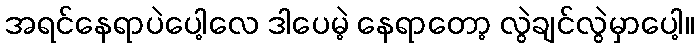
အရင်နေရာပဲပေါ့လေ ဒါပေမဲ့ နေရာတော့ လွဲချင်လွဲမှာပေါ့။